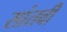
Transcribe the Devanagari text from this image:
सांतवी